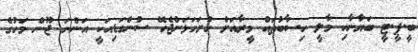
ބީ.ޕީ.ޓީ ބަޔާނާއި މާލީ ހިސާބުތައް މީރާއަށް ހުށަހަޅަންޖެހޭ ސުންގަޑިއަކީ އަންނަ ޖޫން މަހުގެ